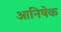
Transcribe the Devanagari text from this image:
आनिषेक